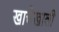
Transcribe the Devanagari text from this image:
खाचेखाली